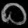
Digit: ၀